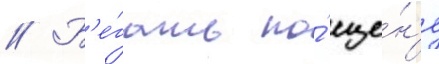
// Б'е́гать по́ сце́н'е